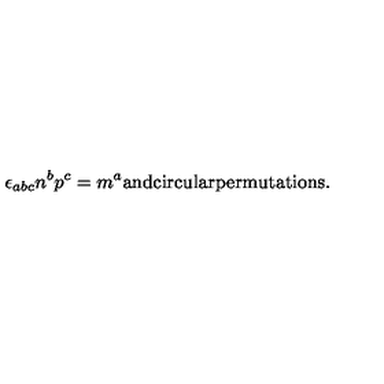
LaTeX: \epsilon _ { a b c } n ^ { b } p ^ { c } = m ^ { a } \mathrm { a n d c i r c u l a r p e r m u t a t i o n s . }